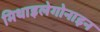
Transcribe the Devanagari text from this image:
मिथाइलेगोनाइन